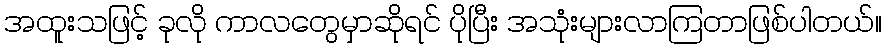
အထူးသဖြင့် ခုလို ကာလတွေမှာဆိုရင် ပိုပြီး အသုံးများလာကြတာဖြစ်ပါတယ်။